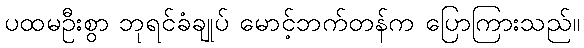
ပထမဦးစွာ ဘုရင်ခံချုပ် မောင့်ဘက်တန်က ပြောကြားသည်။